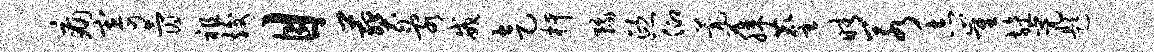
痛寄氤祖竣目葬乱戒走柙豫熙仰甍藤麈晴若志崔旌亮题